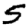
Digit: 5